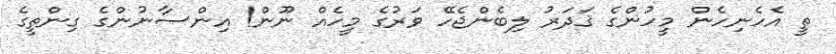
ތީ އެހެނިހެން މީހުންގެ ޤަދަރު ލިބެންޖެހޭ ވަރުގެ މީހެއް ނޫން! އިންސާނުންގެ ގިންތީގެ